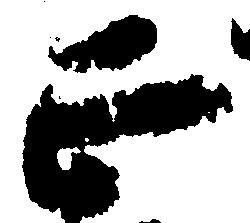
正